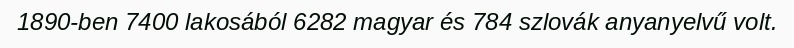
1890-ben 7400 lakosából 6282 magyar és 784 szlovák anyanyelvű volt.